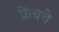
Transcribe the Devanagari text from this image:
फ्रेंचचे